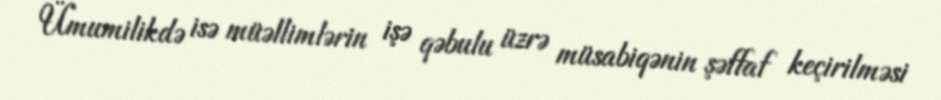
Ümumilikdə isə müəllimlərin işə qəbulu üzrə müsabiqənin şəffaf keçirilməsi